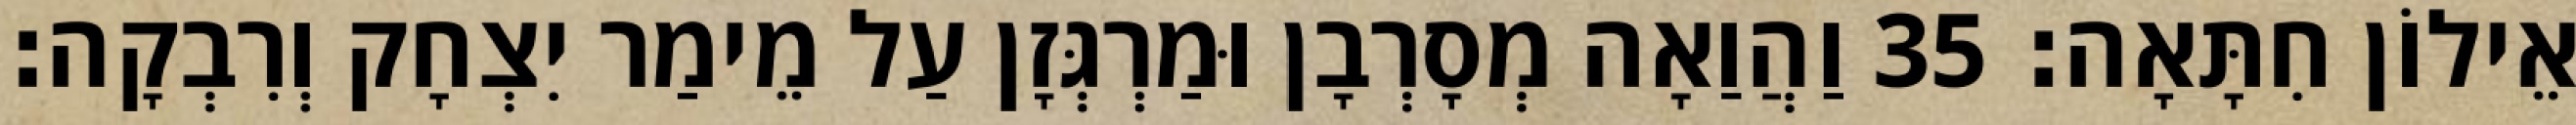
אֵילוֹן חִתָּאָה׃ 35 וַהֲוַאָה מְסָרְבָן וּמַרְגְּזָן עַל מֵימַר יִצְחָק וְרִבְקָה׃